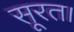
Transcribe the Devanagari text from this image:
सूरत।